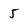
Character: 5